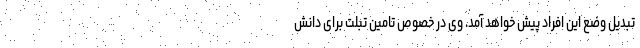
تبدیل وضع این افراد پیش خواهد آمد. وی در خصوص تامین تبلت برای دانش